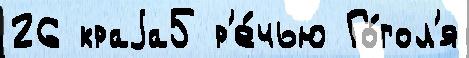
26 краjа5 р'е́чью Го́гол'я